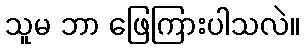
သူမ ဘာ ဖြေကြားပါသလဲ။